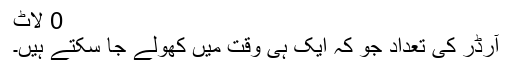
0 لاٹ
آرڈر کی تعداد جو کہ ایک ہی وقت میں کھولے جا سکتے ہیں۔